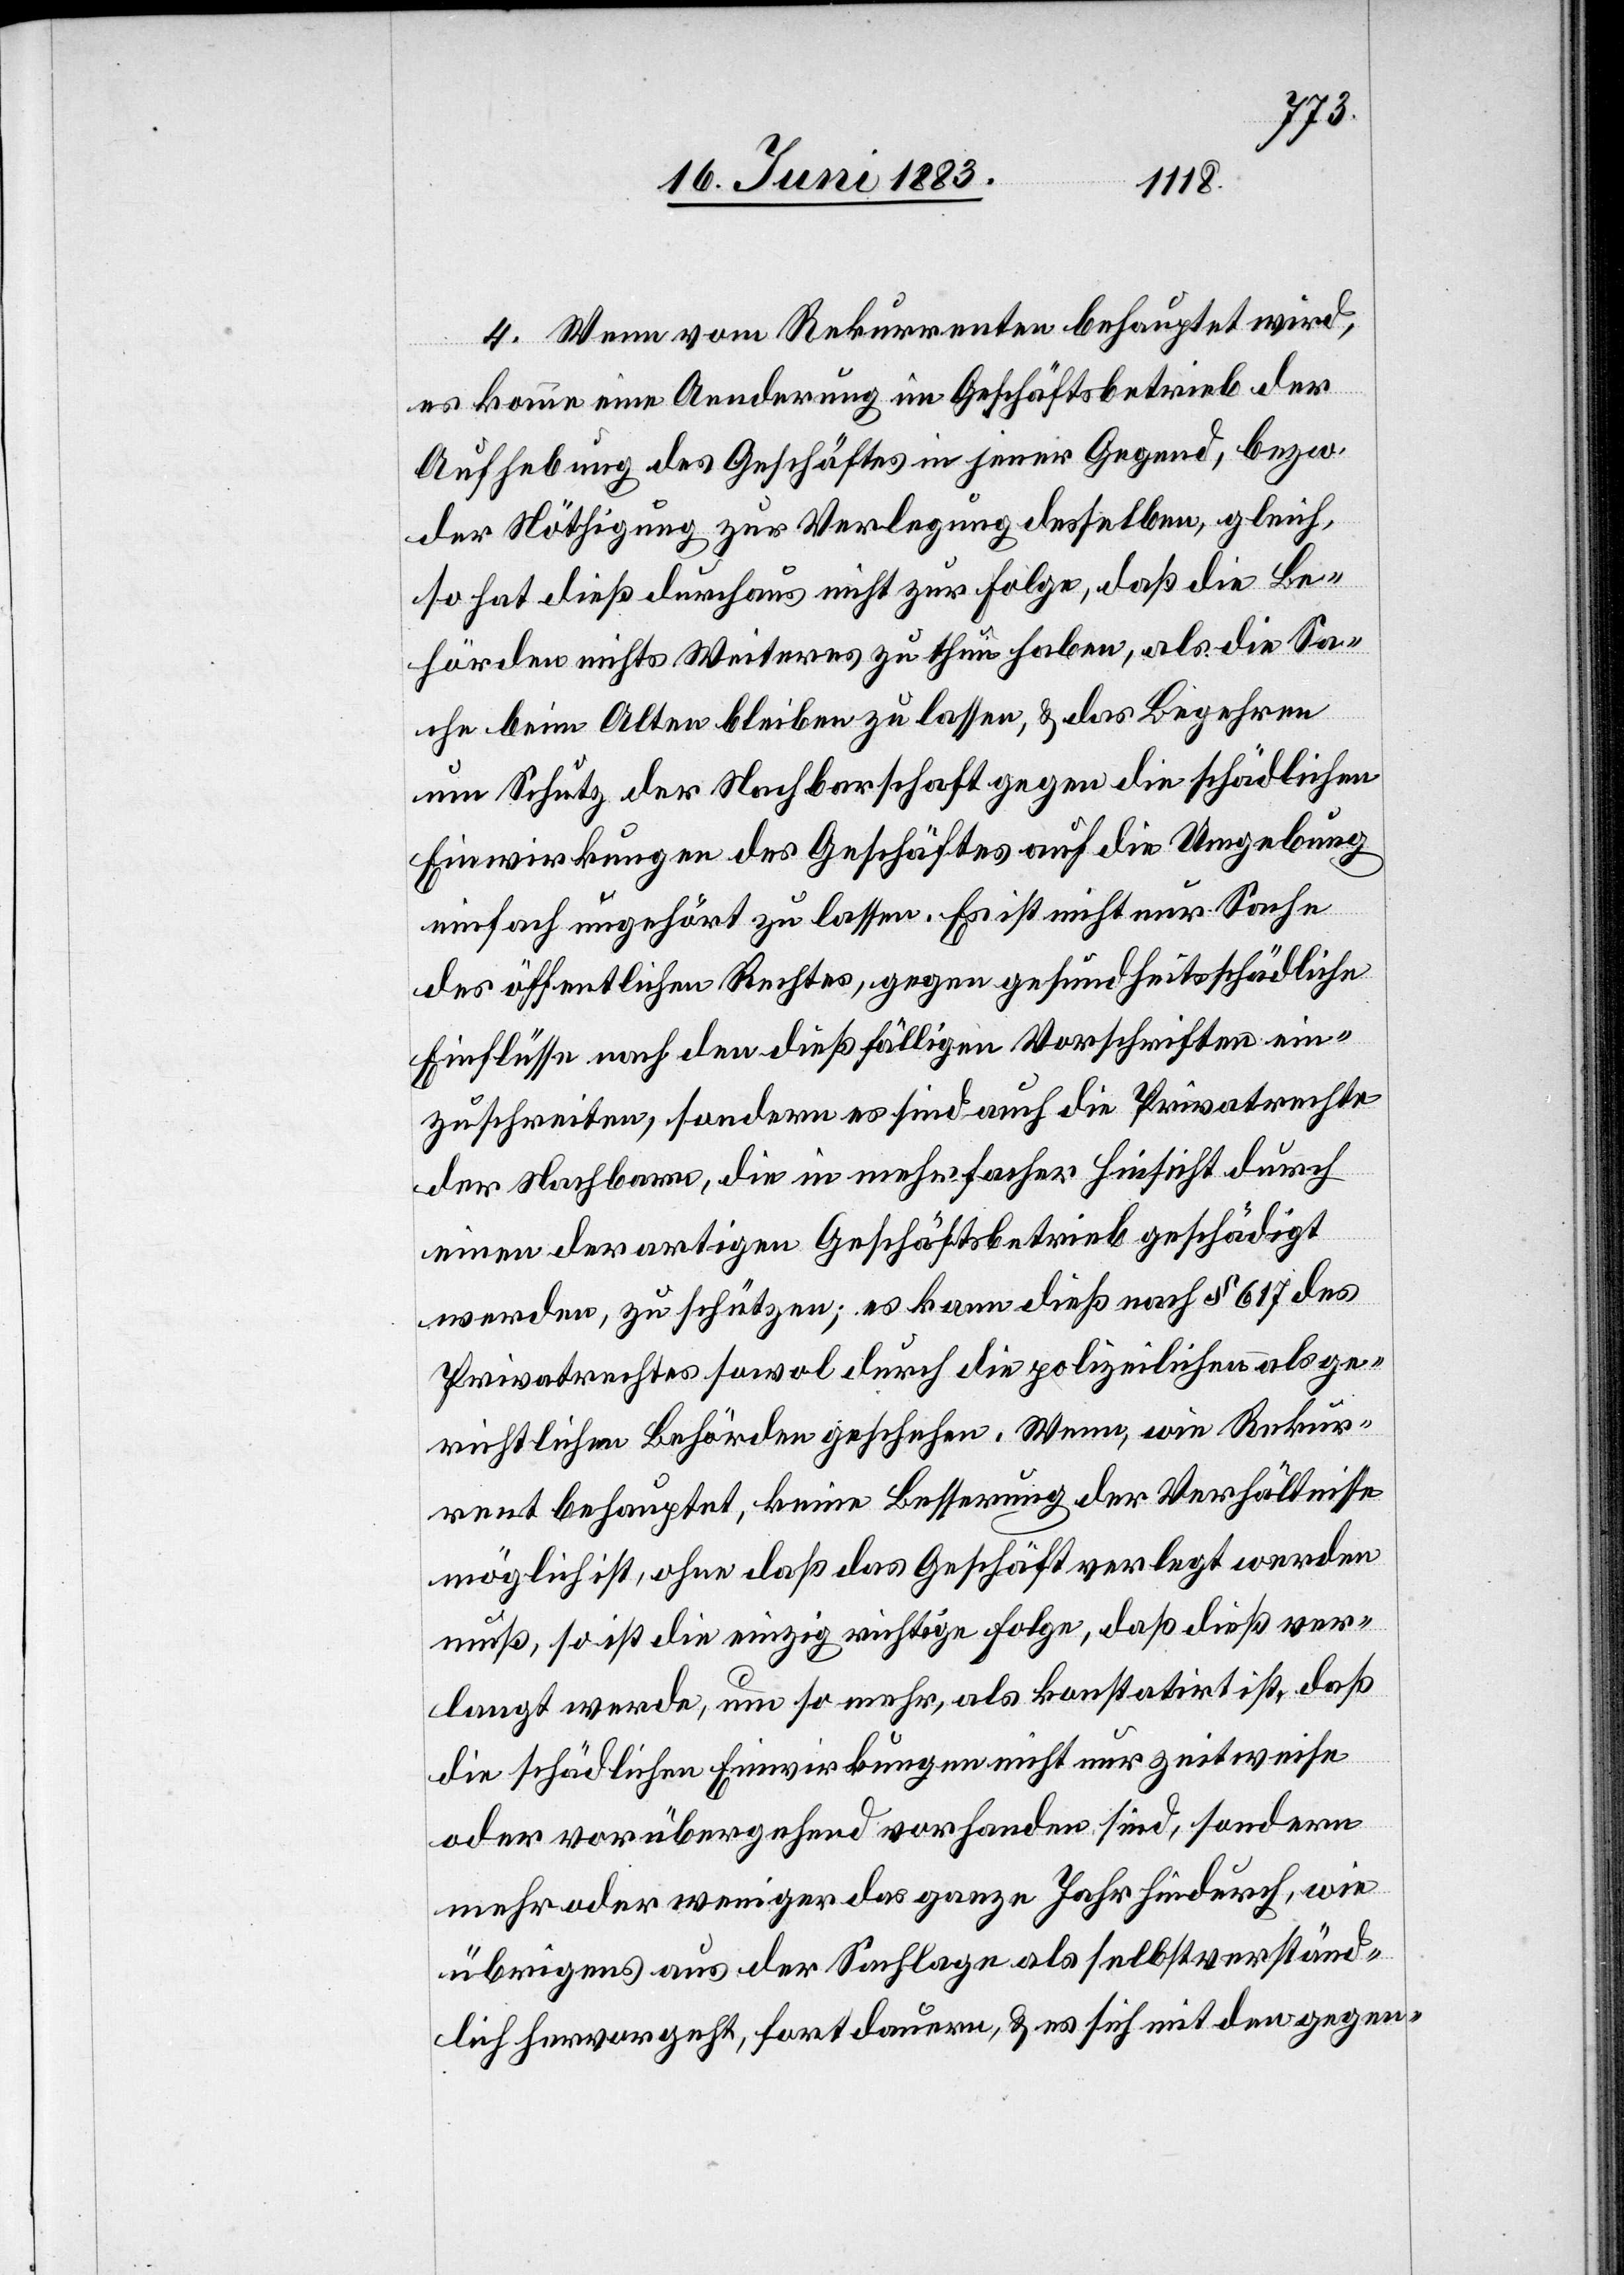
4. Wenn vom Rekurrenten behauptet wird,
es komme eine Aenderung im Geschäftsbetrieb der
Aufhebung des Geschäftes in jener Gegend, bezw.
der Nöthigung zur Verlegung desselben, gleich,
so hat dieß durchaus nicht zur Folge, daß die Be¬
hörden nichts Weiteres zu thun haben, als die Sa¬
che beim Alten bleiben zu lassen, & das Begehren
um Schutz der Nachbarschaft gegen die schädlichen
Einwirkungen des Geschäftes auf die Umgebung
einfach ungehört zu lassen. Es ist nicht nur Sache
des öffentlichen Rechtes, gegen gesundheitsschädliche
Einflüsse nach den dießfälligen Vorschriften ein¬
zuschreiten, sondern es sind auch die Privatrechte
der Nachbarn, die in mehrfacher Hinsicht durch
einen derartigen Geschäftsbetrieb geschädigt
werden, zu schützen; es kann dieß nach § 167 des
Privatrechtes sowol durch die polizeilichen obge¬
richtlichen Behörden geschehen. Wenn, wie Rekur¬
rent behauptet, keine Besserung der Verhältnisse
möglich ist, ohne daß das Geschäft verlegt werden
muß, so ist die einzig richtige Folge, daß dieß ver¬
langt werde, um so mehr , als konstatirt ist, daß
die schädlichen Einwirkungen nicht nur zeitweise
oder vorübergehend vorhanden sind, sondern
mehr oder weniger das ganze Jahr hindurch, wie
übrigens aus der Sachlage als selbstverständ¬
lich hervorgeht, fort dauern, & es sich mit den gegen-